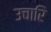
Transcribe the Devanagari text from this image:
उचारि